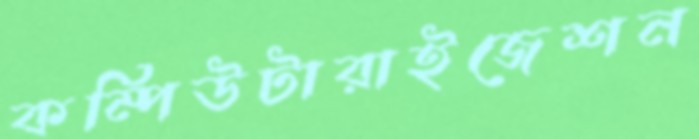
কম্পিউটারাইজেশন